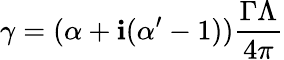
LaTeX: \gamma=(\alpha+\mathbf{i}(\alpha^{\prime}-1))\frac{{\Gamma\Lambda}}{{4\pi}}